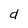
Character: d